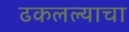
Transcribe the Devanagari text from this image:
ढकलल्याचा